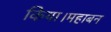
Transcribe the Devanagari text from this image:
किया।महाबन